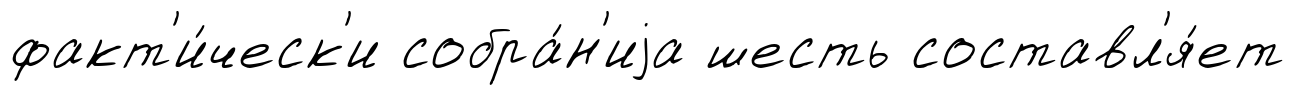
факт'и́ческ'и собра́н'иjа шесть составл'я́ет